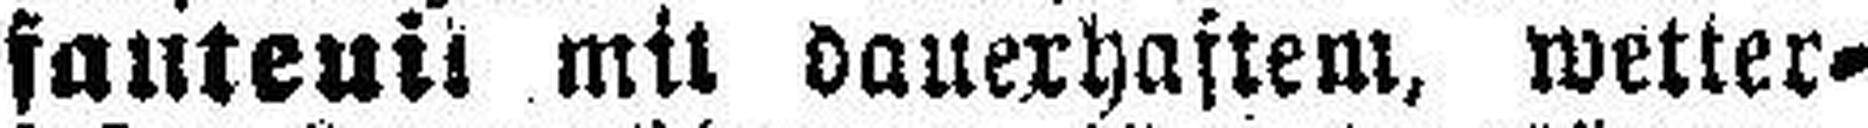
fauteuil mit dauerhaftem, wetter¬